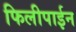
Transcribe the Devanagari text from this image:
फिलीपाईन